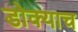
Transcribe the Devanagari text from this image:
डोक्याच